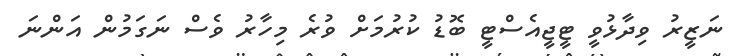
ނަޒީރު ވިދާޅުވީ ޓީޖީއެސްޓީ ބޮޑު ކުރުމަށް ވުރެ މިހާރު ވެސް ނަގަމުން އަންނަ